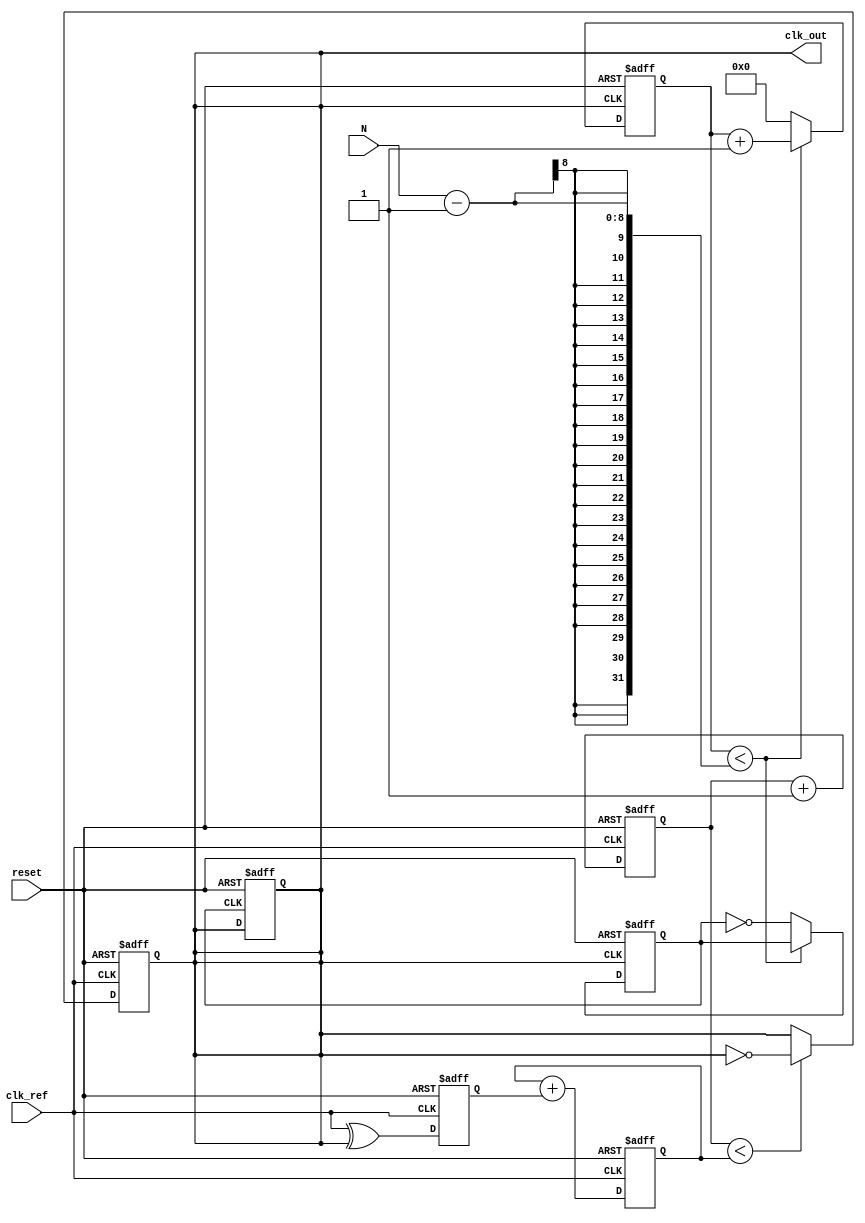
module integer_n_pll (
    input wire clk_ref,          // Reference clock input
    input wire reset,            // Asynchronous reset
    input wire [7:0] N,          // Division factor (N)
    output reg clk_out           // Output clock
);

// Phase Detector
reg phase_error;               // Phase error signal

always @(posedge clk_ref or posedge reset) begin
    if (reset) begin
        phase_error <= 0;
    end else begin
        // Simple phase detector logic (XOR for example)
        phase_error <= clk_ref ^ clk_out; // Phase comparison
    end
end

// Loop Filter (Simple first-order filter)
reg [15:0] control_voltage;     // Control voltage for VCO

always @(posedge clk_ref or posedge reset) begin
    if (reset) begin
        control_voltage <= 0;
    end else begin
        // Simple loop filter: control voltage adjustment
        control_voltage <= control_voltage + phase_error; // Integrate phase error
    end
end

// Voltage-Controlled Oscillator (VCO)
reg [15:0] vco_counter;         // VCO counter

always @(posedge clk_ref or posedge reset) begin
    if (reset) begin
        vco_counter <= 0;
        clk_out <= 0;
    end else begin
        // VCO frequency control based on control voltage
        if (vco_counter < control_voltage) begin
            clk_out <= ~clk_out; // Toggle output clock
        end
        vco_counter <= vco_counter + 1;
    end
end

// Frequency Divider (N)
reg [7:0] divider_counter;      // Divider counter
reg clk_div;                    // Divided clock signal

always @(posedge clk_out or posedge reset) begin
    if (reset) begin
        divider_counter <= 0;
        clk_div <= 0;
    end else begin
        if (divider_counter < N - 1) begin
            divider_counter <= divider_counter + 1;
        end else begin
            divider_counter <= 0;
            clk_div <= ~clk_div; // Toggle divided clock
        end
    end
end

// Feedback to Phase Detector
always @(posedge clk_div or posedge reset) begin
    if (reset) begin
        clk_out <= 0;
    end else begin
        // Feedback mechanism (already handled in the VCO)
    end
end

endmodule